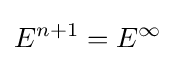
E^{n+1}=E^{\infty }